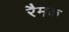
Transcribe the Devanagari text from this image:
रैमक